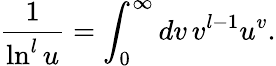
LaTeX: \frac{1}{\ln^{l}u}=\int_{0}^{\infty}dv\, v^{l-1}u^{v}.